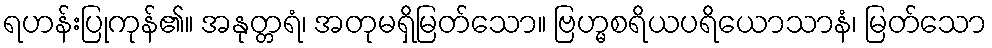
ရဟန်းပြုကုန်၏။ အနုတ္တရံ၊ အတုမရှိမြတ်သော။ ဗြဟ္မစရိယပရိယောသာနံ၊ မြတ်သော